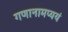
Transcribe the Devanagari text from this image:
गणानामप्ययं